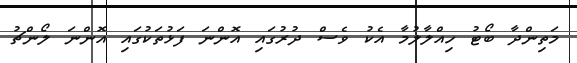
މަތިންދާ ބޯޓު ހިއްލާލުމާ އެކު ވެސް ދުރުގައި އޮންނަ ފަޅުތަކުގައި އޮންނަ ލޯންޗު